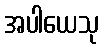
အပါယေသု